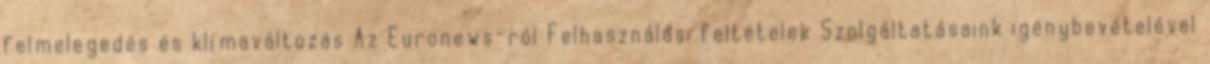
felmelegedés és klímaváltozás Az Euronews-ról Felhasználási feltételek Szolgáltatásaink igénybevételével